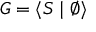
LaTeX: G = \langle S \mid \emptyset \rangle